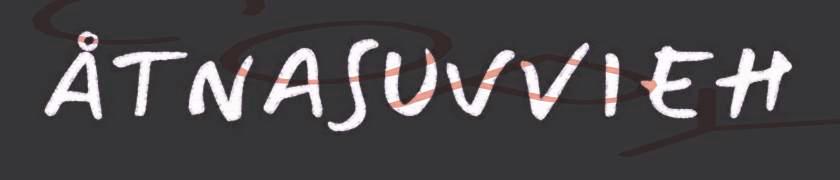
ÅTNASUVVIEH